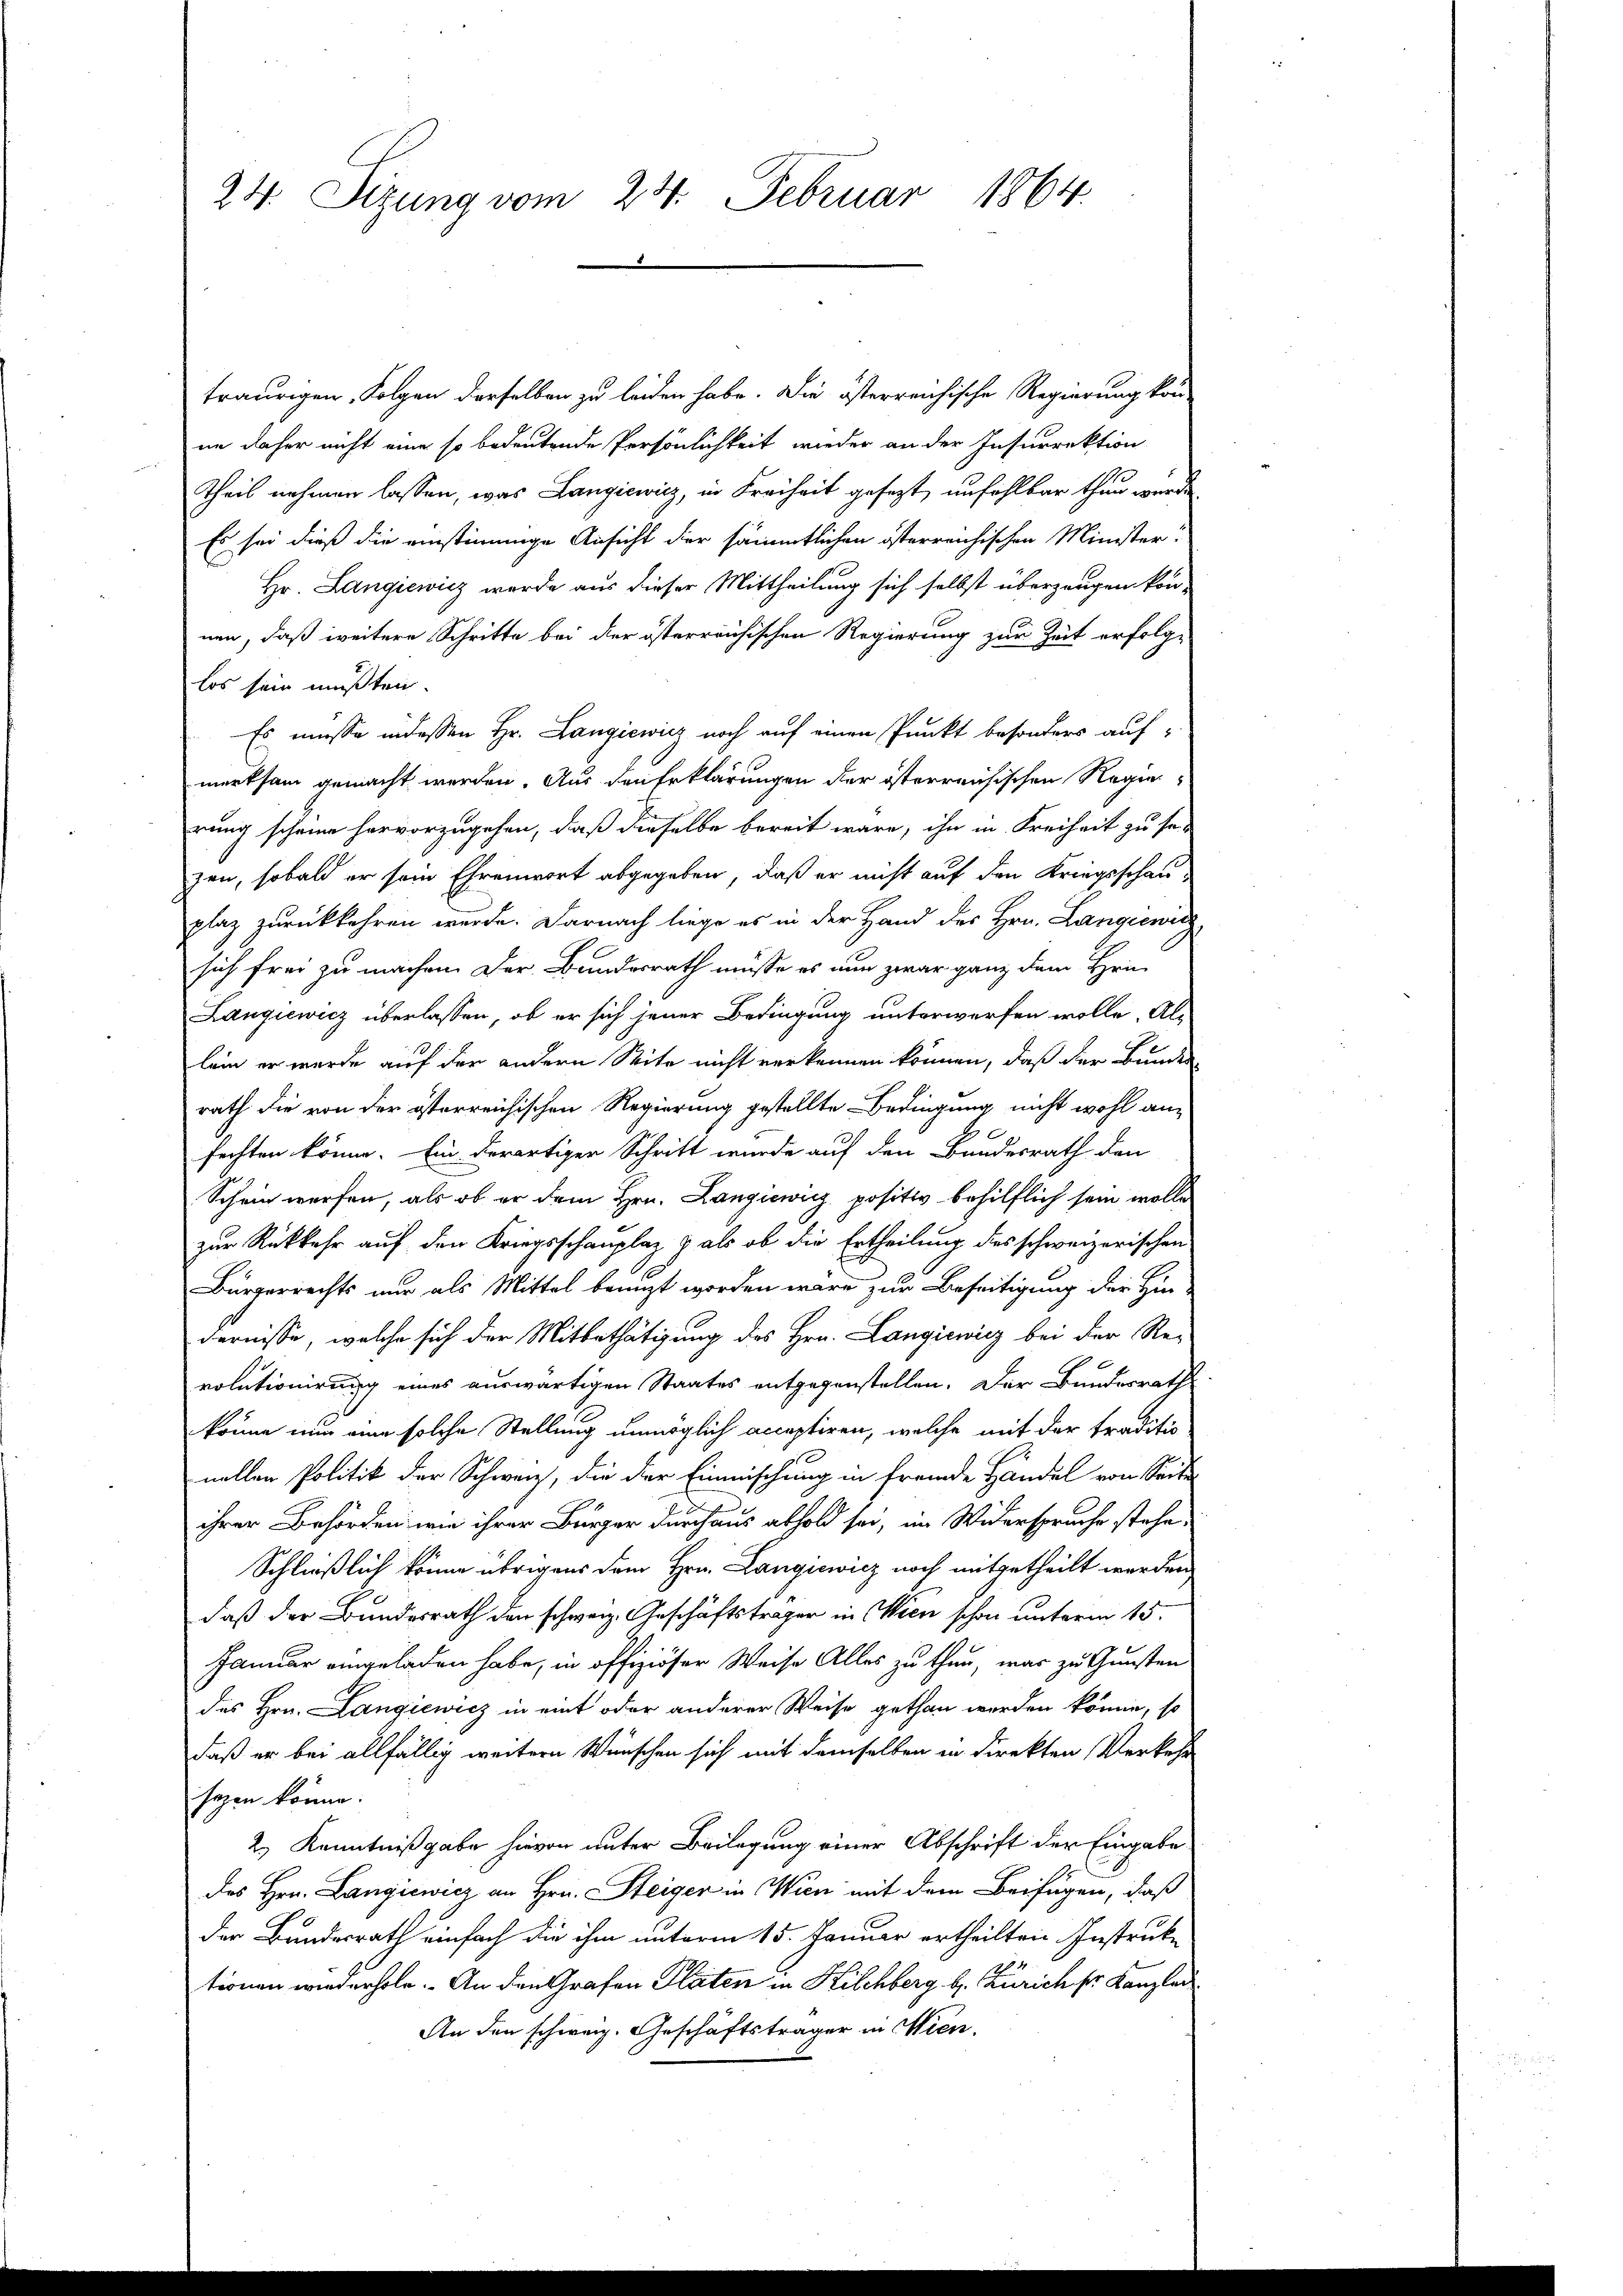
24. Sizung vom 24. Februar 1864.

traurigen, Folgen derselben zu leiden habe. Die österreichische Regierung kon-
nm daher nicht eine so bedeutende Persönlichkeit wieder an der Insurrektion
Theil nehmen lassen, was Langiewicz, in Freiheit gesezt, unfehlbar thun wurde
Es sei dieß die einstimmige Ansicht der sämmtlichen österreichischen Minister-
Hr. Langiewicz wurde aus dieser Mittheilung sich selbst überzeugen kon-
nen, daß weitere Schritte bei der österreichischen Regierung zur Zeit erfolge
los sein mußten.
Es müsse in dessen Hr. Langiewicz noch auf einen Punkt besonders auf-
merksam gemacht werden. Aus den Erklärungen der österreichischen Regie
rung scheine hervorzugehen, daß dieselbe bereit wäre, ihn in Freiheit zu se-
zen, sobald er sein Ehrenwort abgegeben, daß er nicht auf den Kriegsschau-
plaz zurückkehren werde. Darnach liege es in der Hand des Hrn. Langiewicz
sich frei zu machen. Der Bundesrath müsse es nun zwar ganz dem Hein
Langiewicz überlassen, ob er sich jener Bedingung unterwerfen wolle, Al-
lein er wurde auf der andern Seite nicht verkennen können, daß der Bunden
rath die von der österreichischen Regierung gestellte Bedingung nicht wohl an
fechten könne. Ein derartiger Schritt wurde auf den Bundesrath den
Schein werfen, als ob er dem Hrn. Langiewicz positiv behilflich sein wolle
zur Rückkehr auf den Kriegsschauplaz & als ob die Ertheilung des schweizerischen
Bürgerrechts nur als Mittel benizt worden wäre zur Beseitigung der Hin-
dernisse, welche sich der Mitbethätigung des Hrn. Langiewicz bei der Re-
rolutionirung eines auswärtigen Staates entgegenstellen. Der Bundesrath
könne nun eine solche Stellung unmöglich acceptiren, welche mit der traditio
nellen Politik der Schweiz, die der Einmischung in fremde Handel von Seite
ihrer Behörden wie ihrer Bürger durchaus abhold sei, im Widerspruche stehe,
Schließlich könne übrigens dem Hrn. Langiewicz noch mitgetheilt werden
daß der Bundesrath den schweiz. Geschäftstrager in Wien schon unterm 15.
Januar eingeladen habe, in offiziöser Weise Alles zu thun, was zu Gunsten
des Hrn. Langiewicz in eint oder anderer Weise gethan werden könne, so
daß er bei allfällig weitern Wünschen sich mit demselben in direkten Verkehr
sagen könne.
2.) Kenntnißgabe hievon unter Beilegung einer Abschrift der Eingabe
des Hrn. Langiewicz an Hrn. Steiger in Wien mit dem Beifügen, daß
der Bundesrath einfach die ihm unterm 15. Januar ertheilten Instruke
tionen wiederhole. An den Grafen Platen in Kilchberg b. Zürich sr. Kanzler
An den schweiz. Geschäftsträger in Wien.